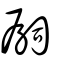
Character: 嗣